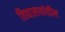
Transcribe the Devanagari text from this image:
विद्यालयांतील